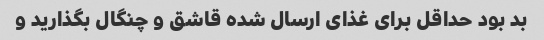
بد بود حداقل برای غذای ارسال شده قاشق و چنگال بگذارید و